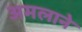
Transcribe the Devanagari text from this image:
अमलाने